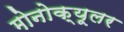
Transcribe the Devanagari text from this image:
मोनोक्यूलर